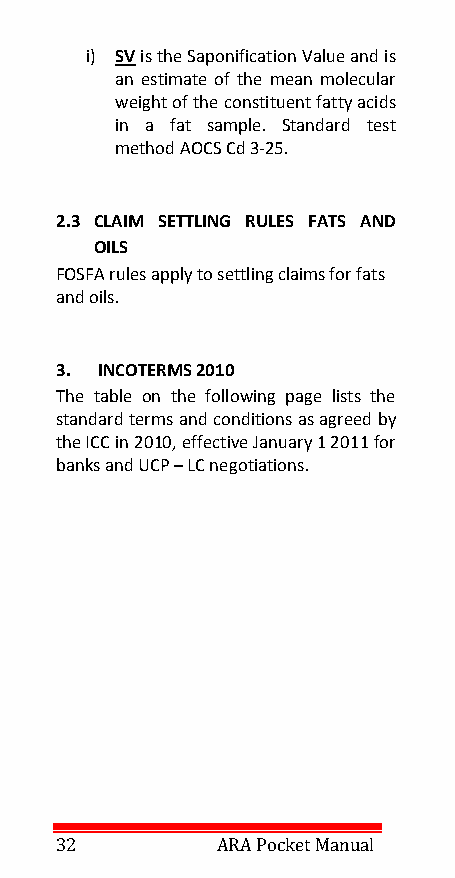
i) SV is the Saponification Value and is
 an estimate of the mean molecular
 weight of the constituent fatty acids
 in a fat sample. Standard test
 method AOCS Cd 3-25.
 2.3 CLAIM SETTLING RULES FATS AND
 OILS
 FOSFA rules apply to settling claims for fats
 and oils.
 3. INCOTERMS 2010
 The table on the following page lists the
 standard terms and conditions as agreed by
 the ICC in 2010, effective January 1 2011 for
 banks and UCP – LC negotiations.
 32        ARA Pocket Manual